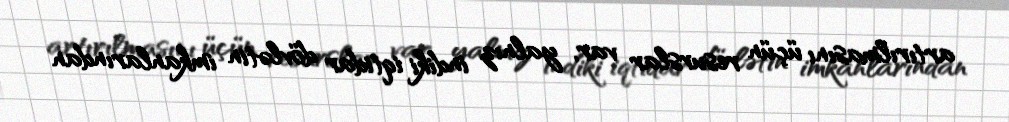
artırılmasını üçün resurslar var, yalnız indiki iqtidar dövlətin imkanlarından